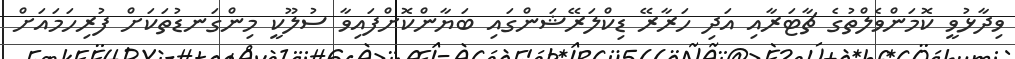
ވިދާޅުވީ ކޮމަންވެލްތުގެ ޗާޓަރާއި އަދި ހަރާރޭ ޑިކްލަރޭޝަންގައި ބަޔާންކޮށްފައިވާ ސުލޫކީ މިންގަނޑުތަކަށް ފުރިހަމައަށް